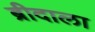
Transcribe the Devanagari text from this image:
ब्रीदाला